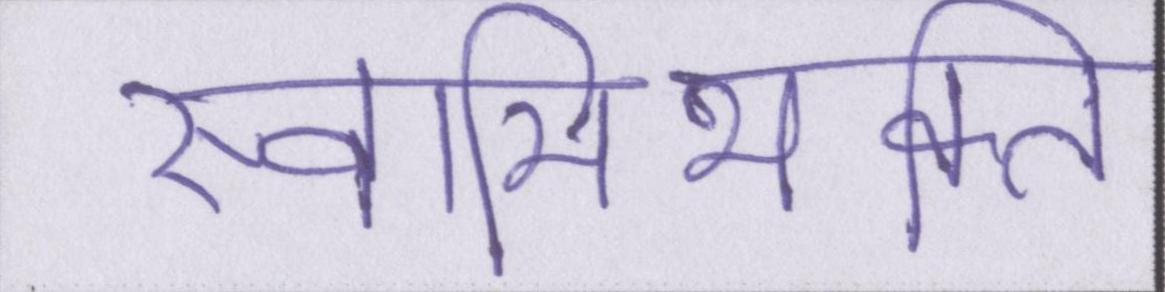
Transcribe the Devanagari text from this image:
स्वामिभक्ति